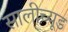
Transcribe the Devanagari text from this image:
सालीच्यूड